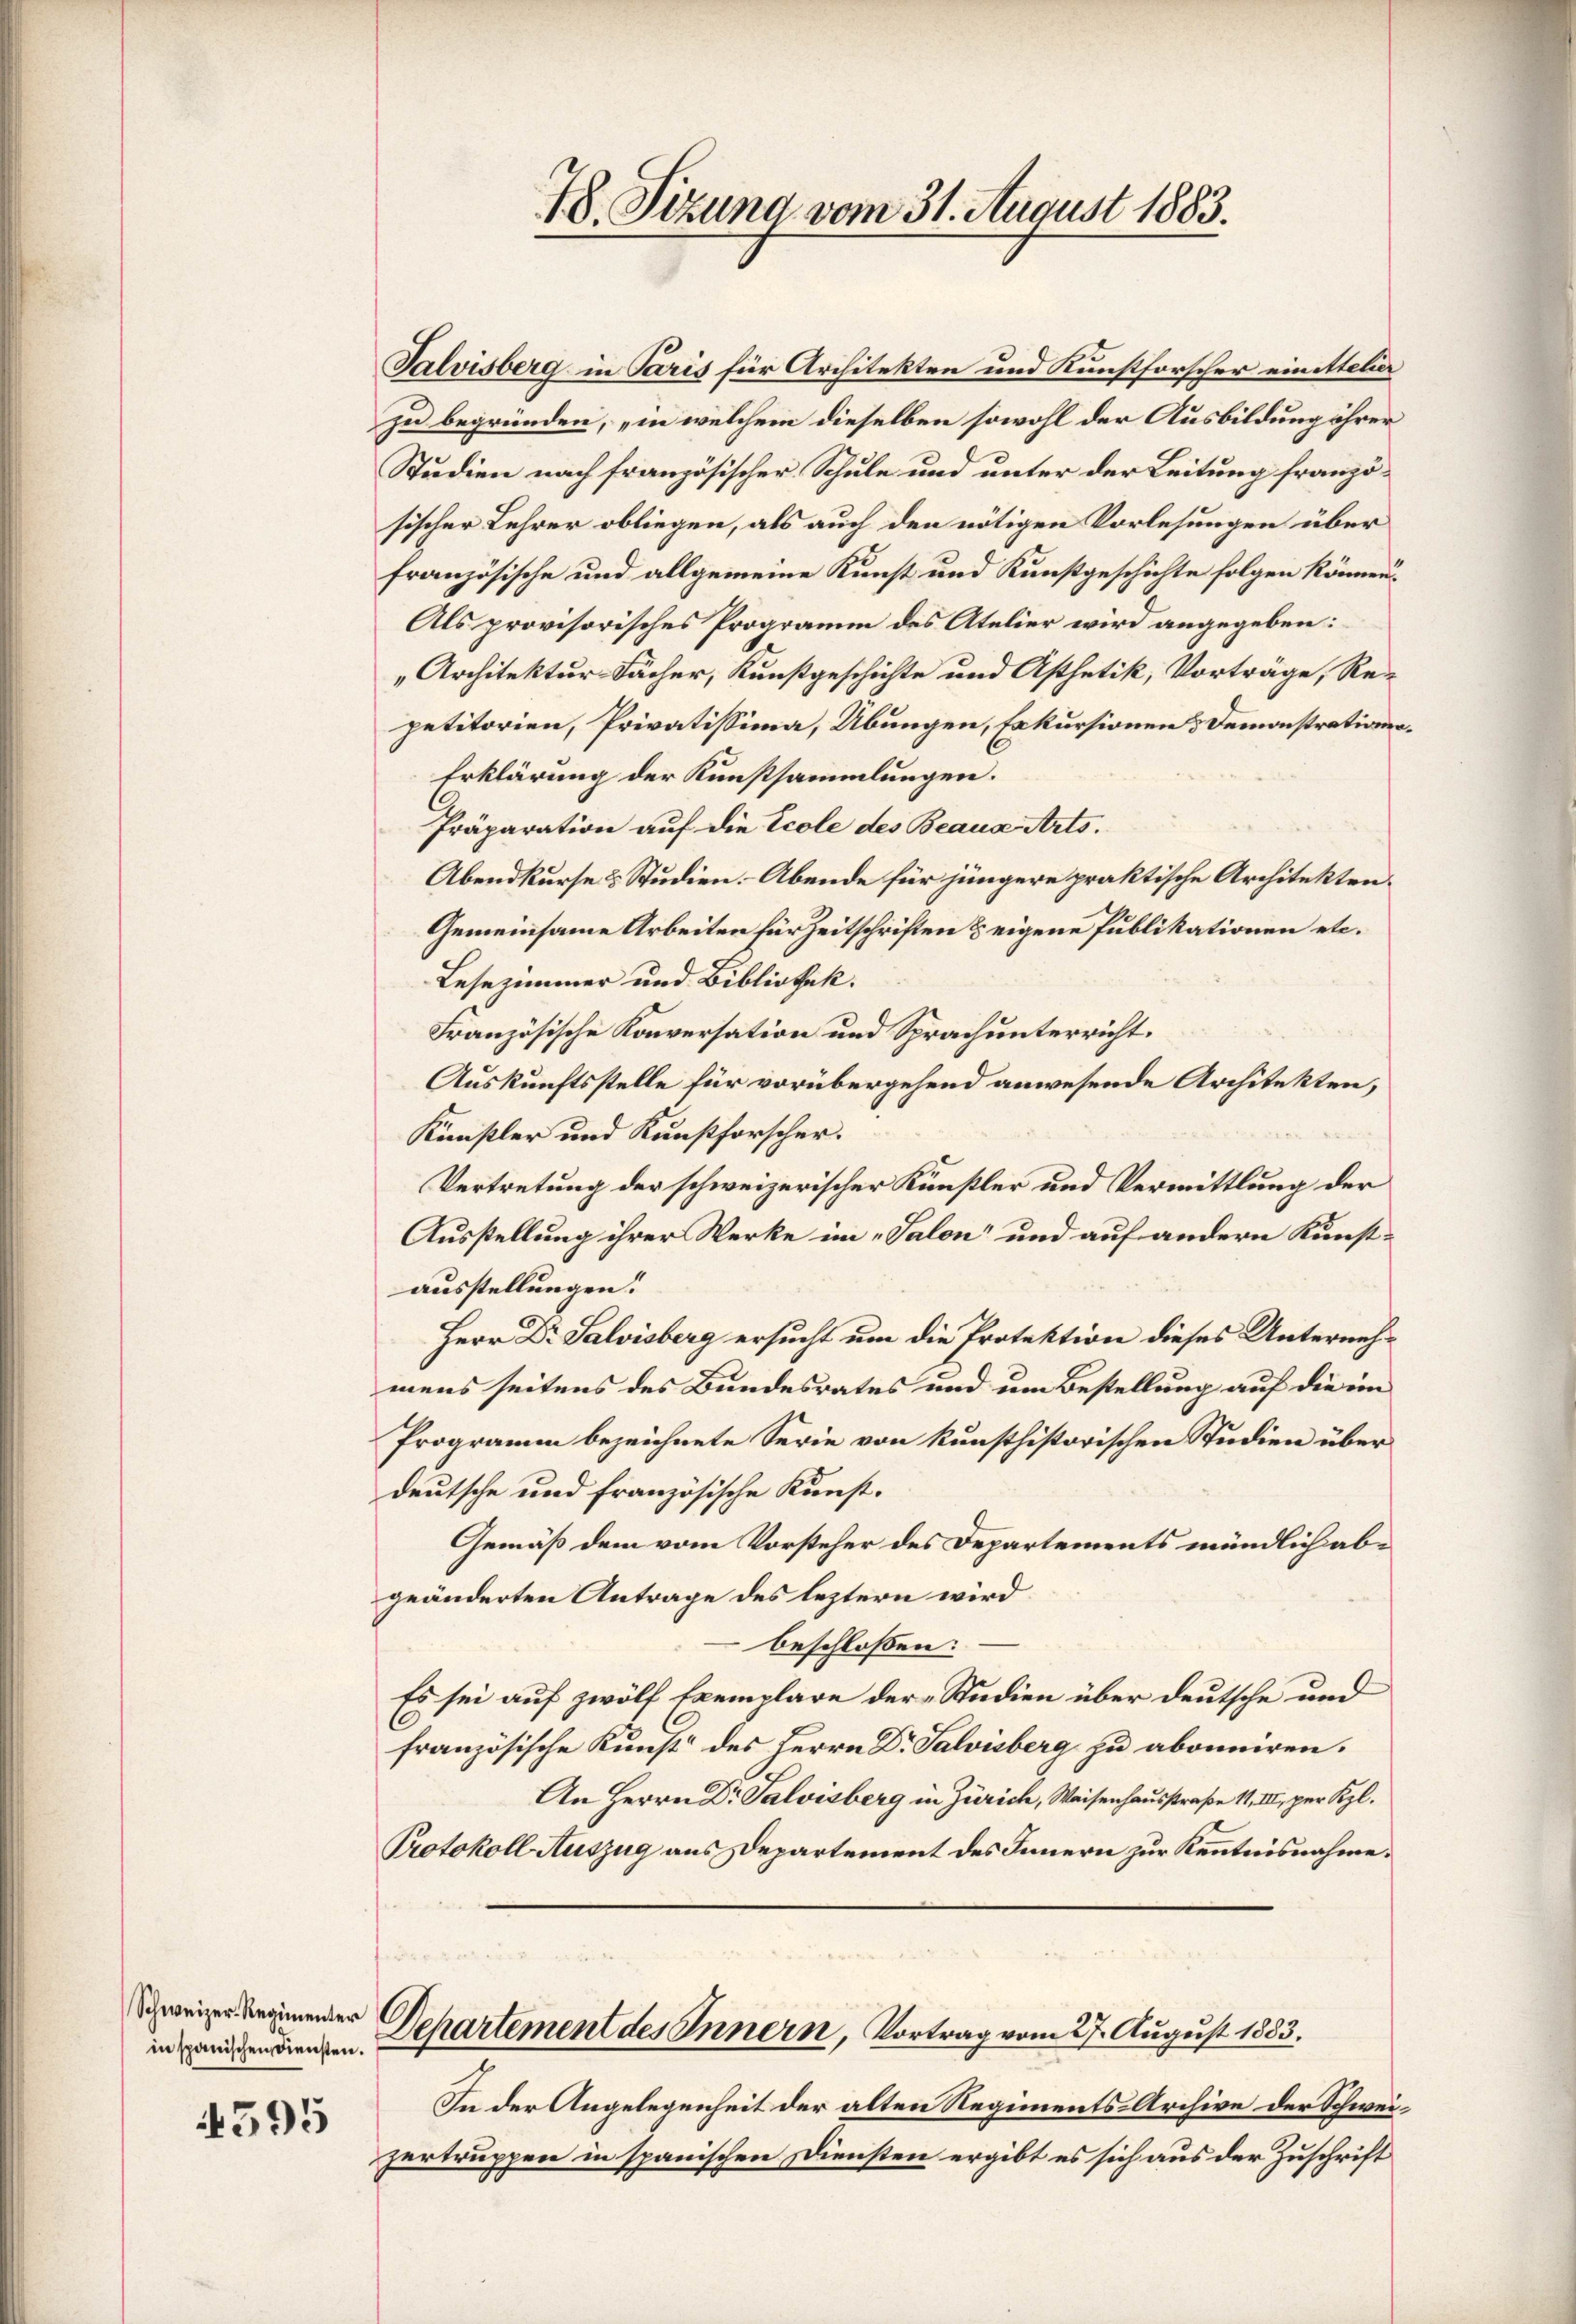
Schweizer-Regimenter
in spanischen Diensten.

4595

Salvisberg in Paris für Architekten und Kunstforscher einettelier
zu begründen, „in welchem dieselben sowohl der Ausbildung ihrer
Studien nach französischer Schule und unter der Leitung französischer Lehrer obliegen, als auch den nötigen Vorlesungen über
französische und allgemeine Kunst und Kunstgeschichte folgen können.
Als provisorisches Programm des Atelier wird angegeben:
" Architektur Fächer, Kunstgeschichte und Asthetik, Vorträge, Re-
petitorien, Privatissima, Übungen, Erkursionen & Demonstrations¬
Erklärung der Kunstsammlungen.
Präparation auf die Ecole des Beaus Arts.
Abendkurse & Studien. - Abende für jüngere praktische Architekten.
Gemeinsame Arbeiten für Zeitschriften & eigene Publikationen etc.
Lesezimmer und Bibliothek.
Französische Konversation und Sprach unterricht.
Auskunftsstelle für vorübergehend anwesende Architekten,
Künstler und Kunstforscher.
Vertretung der schweizerischer Künstler und Vermittlung der
Ausstellung ihrer Werke im „Salon“ und auf andern Kunst-
ausstellungen.
Herr Dr. Salvisberg ersucht um die Protektion dieses Unternehmens seitens des Bundesrates und um Bestellung auf die im
Programm bezeichnete Serie von kunsthistorischen Studien über
deutsche und französische Kunst.
Gemäß dem vom Vorsteher des Departements mündlich abgeänderten Antrage des leztern wird
beschloßen:
Es sei auf zwölf Exemplare der „Studien über deutsche und
C
französische Kunst des Herrn Dr. Salvisberg zu abonniren.
An Herrn Dr. Salvisberg in Zürich, Waisenhausstraße 11, III, per Kgl.
Protokoll Auszug aus Departement des Innern zur Kenntnisnahme.
Departement des Innern, Vortrag vom 27. August 1883.
In der Angelegenheit der alten Regiments-Archive der Schweizertruppen in spanischen Diensten ergibt es sich aus der Zuschrift

48. Sizung vom 31. August 1883.